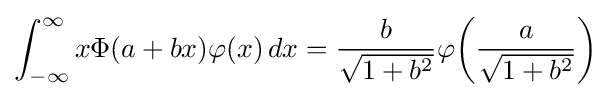
\int _{-\infty }^{\infty }x\Phi (a+bx)\varphi (x)\,dx={\frac {b}{\sqrt {1+b^{2}}}}\varphi {\left({\frac {a}{\sqrt {1+b^{2}}}}\right)}